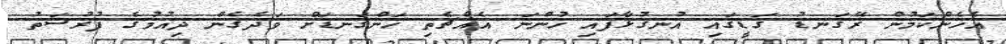
އެހެންކަމުން ރޭގަނޑު ގަޑީގައި އުނގުޅާފައި ހުންނަ އެއްޗެތި ހަންގަނޑަށް ވަދެގެން ދިއުމުގެ ފުރުސަތު